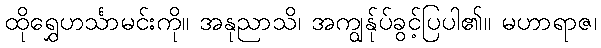
ထိုရွှေဟင်္သာမင်းကို။ အနုညာသိ၊ အကျွန်ုပ်ခွင့်ပြပါ၏။ မဟာရာဇ၊